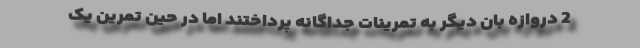
2 دروازه بان دیگر به تمرینات جداگانه پرداختند اما در حین تمرین یک